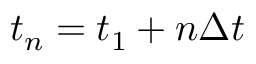
t _ { n } = t _ { 1 } + n \Delta t